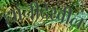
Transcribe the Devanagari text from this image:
ह्यांनीदेखील